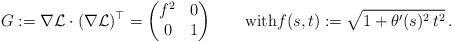
LaTeX: \begin{align*} G := \nabla\mathcal{L} \cdot (\nabla\mathcal{L})^\top = \begin{pmatrix} f^2 & 0 \\ 0 & 1 \end{pmatrix} \qquad\mbox{with} f(s,t) := \sqrt{1+\theta'(s)^2\,t^2} \,.\end{align*}